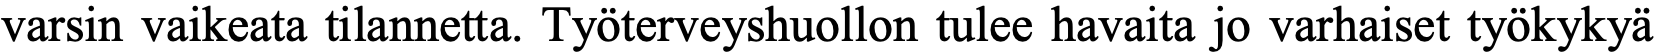
varsin vaikeata tilannetta. Työterveyshuollon tulee havaita jo varhaiset työkykyä